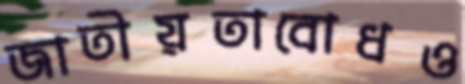
জাতীয়তাবোধও